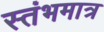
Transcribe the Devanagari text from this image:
स्तंभमात्र